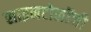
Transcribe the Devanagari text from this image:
साइनटोलॉजी